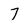
Character: 7